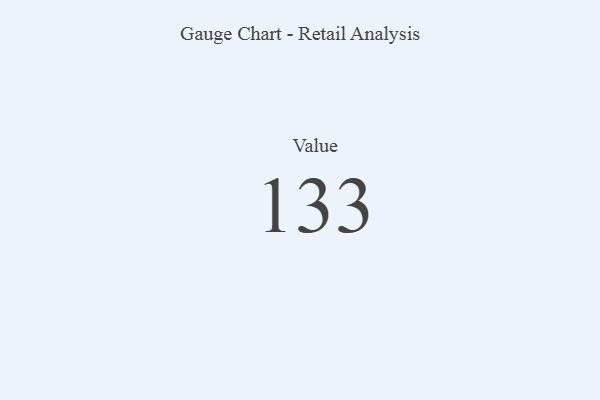
{"axis": {"x": "Metric", "y": "Value"}, "legend": [""], "data": [{"x": "Value", "y": 133, "type": ""}]}